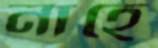
নাহে